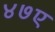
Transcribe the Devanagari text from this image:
४७ए